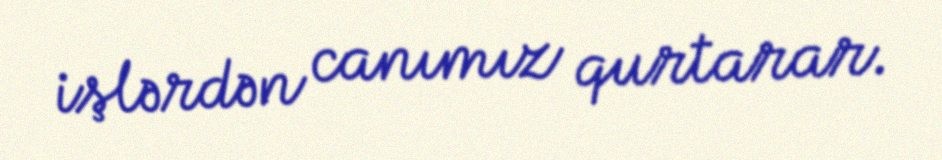
işlərdən canımız qurtarar.